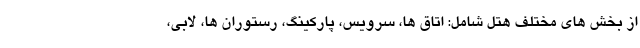
از بخش های مختلف هتل شامل: اتاق ها، سرویس، پارکینگ، رستوران ها، لابی،